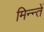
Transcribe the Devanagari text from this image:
मिन्न्तें